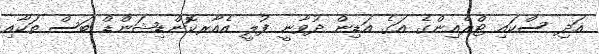
އަދި ސްކައި ޓްރެއިންގެ އަގެ އަޑިން ދުވާނީ ފުލީ އެއާރކޮންޑިޝަންޑް ބަސް ތަކާއި